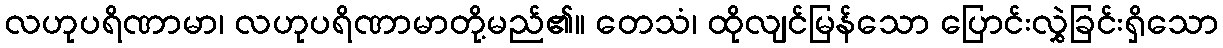
လဟုပရိဏာမာ၊ လဟုပရိဏာမာတို့မည်၏။ တေသံ၊ ထိုလျင်မြန်သော ပြောင်းလွှဲခြင်းရှိသော